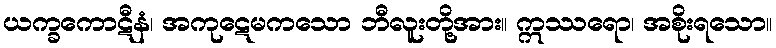
ယက္ခကောဋီနံ၊ အကုဋေမကသော ဘီလူးတို့အား။ ဣဿရော၊ အစိုးရသော။